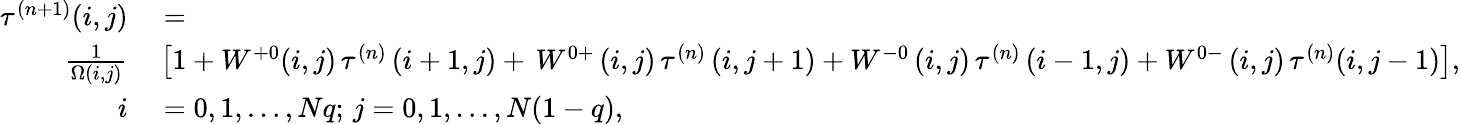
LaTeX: \begin{array}{rl}{\tau^{(n+1)}(i,j)}&{{}=}\\ {\frac{1}{\Omega(i,j)}}&{{}\left[1+W^{+0}(i,j)\thinspace\tau^{(n)}\left(i+1,j\right)+\thinspace W^{0+}\thinspace(i,j)\thinspace\tau^{(n)}\left(i,j+1\right)+W^{-0}\thinspace(i,j)\thinspace\tau^{(n)}\left(i-1,j\right)+W^{0-}\thinspace(i,j)\thinspace\tau^{(n)}(i,j-1)\right],}\\ {i}&{{}=0,1,\dots,Nq;\thinspace j=0,1,\dots,N(1-q),}\end{array}